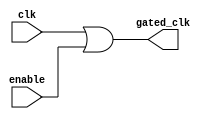
module clock_gating (
    input wire clk,         // Primary clock signal
    input wire enable,      // Enable signal
    output wire gated_clk   // Gated clock signal to memory blocks
);

// Generate the gated clock signal using OR gates
assign gated_clk = clk | enable; // OR gate to create the gated clock

endmodule